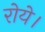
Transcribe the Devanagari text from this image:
रोये।